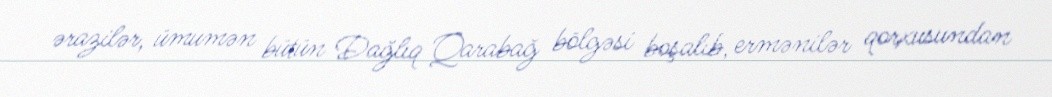
ərazilər, ümumən bütün Dağlıq Qarabağ bölgəsi boşalıb, ermənilər qorxusundan